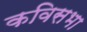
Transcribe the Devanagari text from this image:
कविसभा